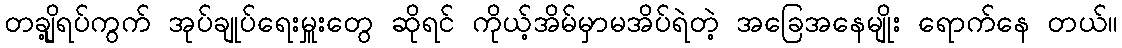
တချို့ရပ်ကွက် အုပ်ချုပ်ရေးမှူးတွေ ဆိုရင် ကိုယ့်အိမ်မှာမအိပ်ရဲတဲ့ အခြေအနေမျိုး ရောက်နေ တယ်။